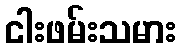
ငါးဖမ်းသမား